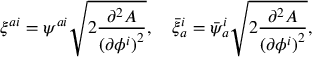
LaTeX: \xi ^ { a i } = \psi ^ { a i } \sqrt { 2 \frac { \partial ^ { 2 } A } { { ( \partial \phi ^ { i } ) } ^ { 2 } } } , \quad \bar { \xi } _ { a } ^ { i } = \bar { \psi } _ { a } ^ { i } \sqrt { 2 \frac { \partial ^ { 2 } A } { { ( \partial \phi ^ { i } ) } ^ { 2 } } } ,